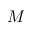
M